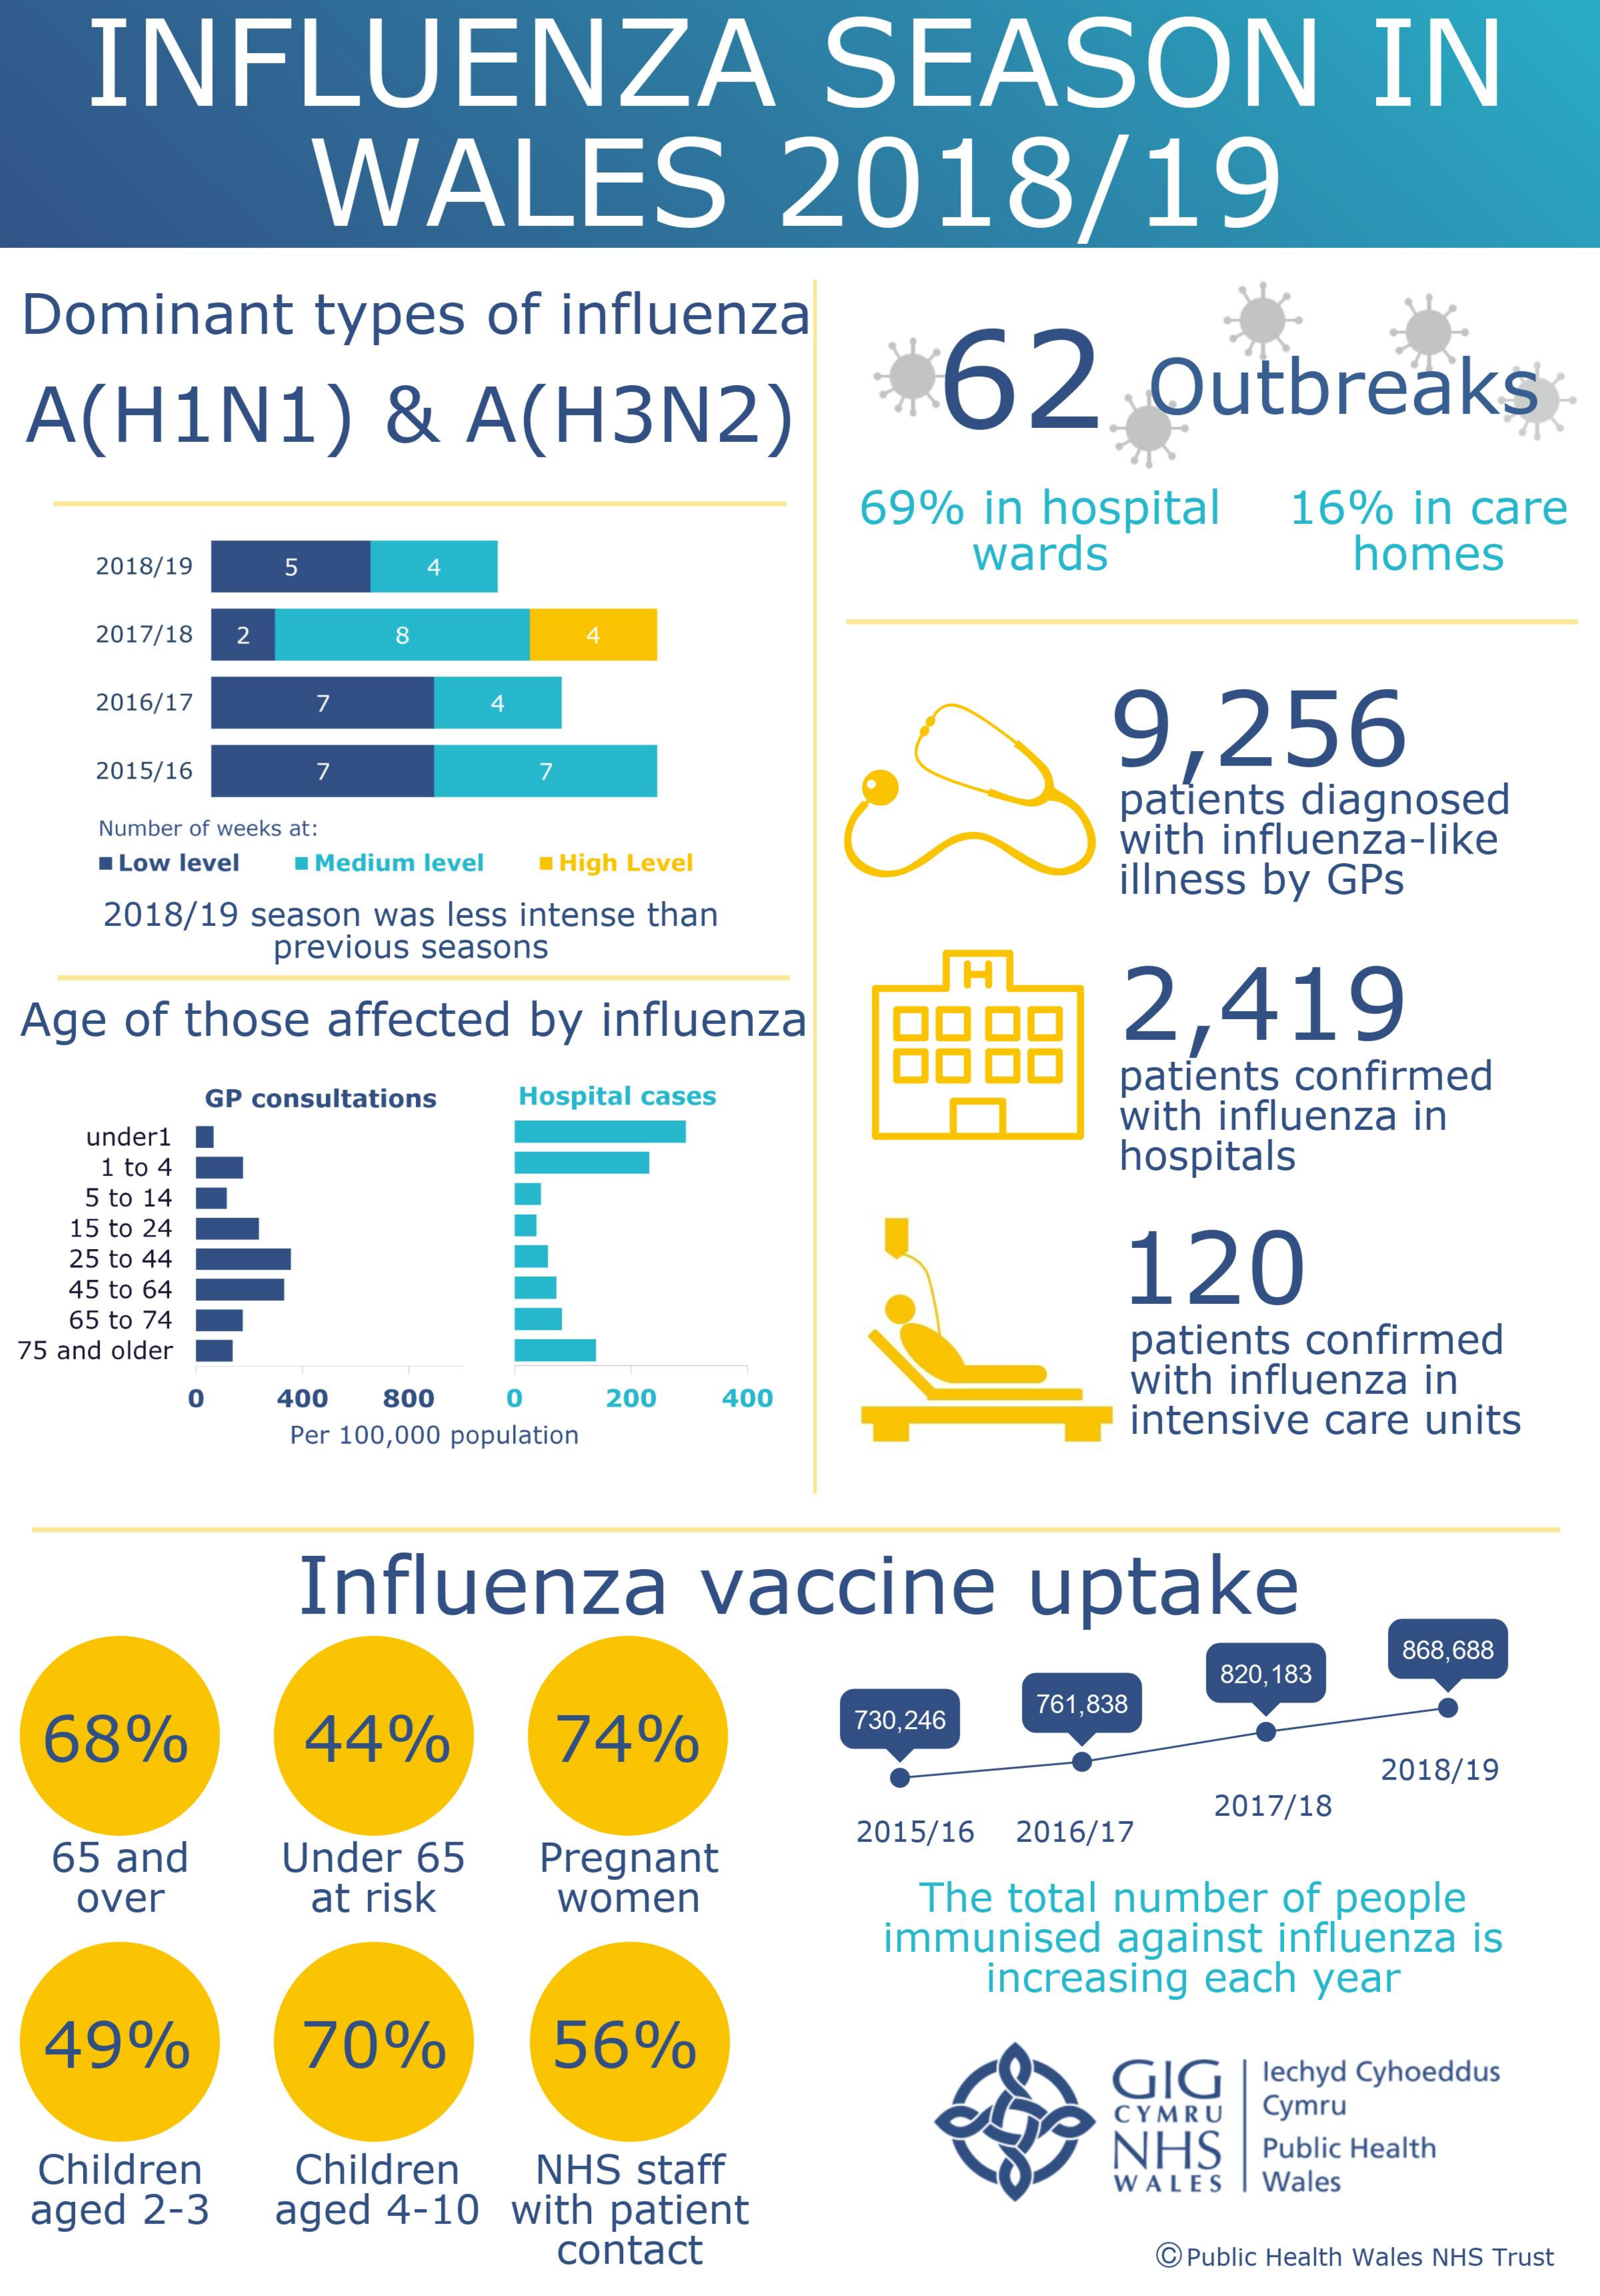
INFLUENZA    SEASON    IN
     WALES    2018/19
  Dominant types of influenza
  A(H1N1)  & A(H3N2)    62.  Outbreaks
     69% in hospital 16% in care
   2018/19 5    wards    homes
     4
   2017/18 2 8   A
   2016/17 7  4
     9,256
   2015/16 7   7
     patients diagnosed
   Number of weeks at:
   .Low level
     with influenza-like
     Medium level . High Level
     illness by GPs
   2018/19 season was less intense than
     previous seasons
     H
  Age of those affected by influenza 2,419
     GP consultations Hospital cases
     patients confirmed
     with influenza in
   under1
   1 to 4    hospitals
   5 to 14
  15 to 24
  25 to 44    120
  45 to 64
  65 to 74
  75 and older    patients confirmed
     400    0    400
     with influenza in
     800   200
     Per 100,000 population
     intensive care units
     Influenza  vaccine  uptake
     820,183
     868,688
  68%    44%    74%
     730,246
     761,838
     2018/19
     2015/16 2016/17
     2017/18
  65 and Under 65 Pregnant
   over  at risk women    The total number of people
     immunised against influenza is
     increasing each year
  49%    70%    56%
     GIG  lechyd Cyhoeddus
     CYMRU Cymru
  Children Children NHS staff  NHS  Public Health
  aged 2-3 aged 4-10 with patient
     WALES Wales
     contact    @ Public Health Wales NHS Trust